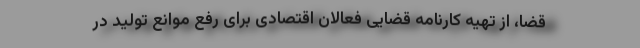
قضا، از تهیه کارنامه قضایی فعالان اقتصادی برای رفع موانع تولید در